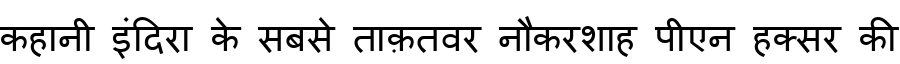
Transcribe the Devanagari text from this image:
कहानी इंदिरा के सबसे ताक़तवर नौकरशाह पीएन हक्सर की